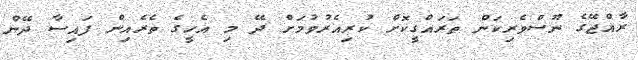
ރާއްޖޭގެ ނޫސްވެރިކަން ތަރައްގީކޮށް ކުރިއެރުވުމަށް ދޭ މި އެހީގެ ތެރެއިން ފައިސާ ދޭން